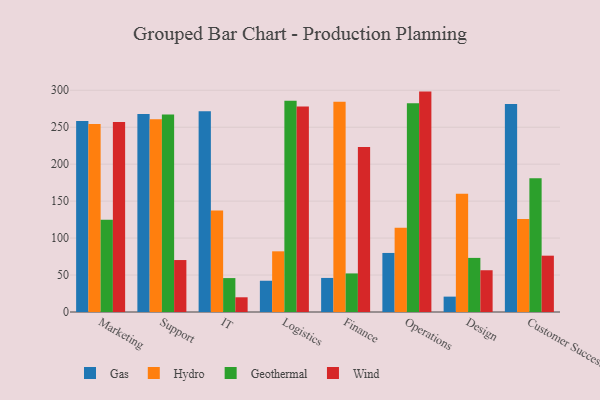
{"axis": {"x": "Department", "y": "Population (Million)"}, "legend": ["Gas", "Geothermal", "Hydro", "Wind"], "data": [{"x": "Marketing", "y": 258.4, "type": "Gas"}, {"x": "Marketing", "y": 254.5, "type": "Hydro"}, {"x": "Marketing", "y": 124.9, "type": "Geothermal"}, {"x": "Marketing", "y": 256.9, "type": "Wind"}, {"x": "Support", "y": 267.8, "type": "Gas"}, {"x": "Support", "y": 260.9, "type": "Hydro"}, {"x": "Support", "y": 267.2, "type": "Geothermal"}, {"x": "Support", "y": 70.3, "type": "Wind"}, {"x": "IT", "y": 271.6, "type": "Gas"}, {"x": "IT", "y": 137.3, "type": "Hydro"}, {"x": "IT", "y": 45.9, "type": "Geothermal"}, {"x": "IT", "y": 19.9, "type": "Wind"}, {"x": "Logistics", "y": 42.3, "type": "Gas"}, {"x": "Logistics", "y": 82.1, "type": "Hydro"}, {"x": "Logistics", "y": 285.8, "type": "Geothermal"}, {"x": "Logistics", "y": 278.0, "type": "Wind"}, {"x": "Finance", "y": 46.1, "type": "Gas"}, {"x": "Finance", "y": 284.3, "type": "Hydro"}, {"x": "Finance", "y": 52.2, "type": "Geothermal"}, {"x": "Finance", "y": 223.1, "type": "Wind"}, {"x": "Operations", "y": 79.9, "type": "Gas"}, {"x": "Operations", "y": 113.9, "type": "Hydro"}, {"x": "Operations", "y": 282.4, "type": "Geothermal"}, {"x": "Operations", "y": 298.2, "type": "Wind"}, {"x": "Design", "y": 20.8, "type": "Gas"}, {"x": "Design", "y": 160.0, "type": "Hydro"}, {"x": "Design", "y": 73.2, "type": "Geothermal"}, {"x": "Design", "y": 56.5, "type": "Wind"}, {"x": "Customer Success", "y": 281.4, "type": "Gas"}, {"x": "Customer Success", "y": 125.7, "type": "Hydro"}, {"x": "Customer Success", "y": 180.9, "type": "Geothermal"}, {"x": "Customer Success", "y": 76.2, "type": "Wind"}]}